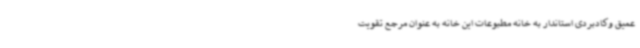
عمیق وکادبردی استاندار به خانه مطبوعات این خانه به عنوان مرجع تقویت